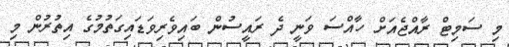
މި ސަމިޓް ރާއްޖެއަށް ހާއްސަ ވަނީ ދެ ރައީސުން ބައިވެރިވަޑައިގަތުމުގެ އިތުރުން މި